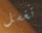
تغسل